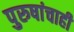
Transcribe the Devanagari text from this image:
पुरुषांचाही